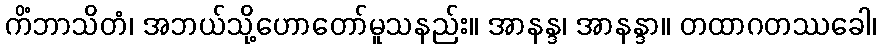
ကိံဘာသိတံ၊ အဘယ်သို့ဟောတော်မူသနည်း။ အာနန္ဒ၊ အာနန္ဒာ။ တထာဂတဿခေါ၊